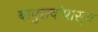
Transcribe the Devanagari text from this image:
बापुरावांपासून